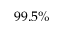
9 9 . 5 \%